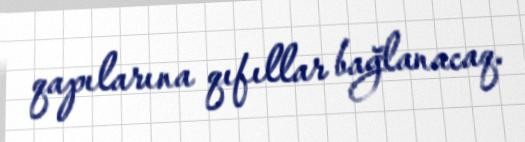
qapılarına qıfıllar bağlanacaq.